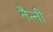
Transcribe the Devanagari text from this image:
नैन्नी